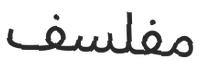
مفلسف